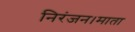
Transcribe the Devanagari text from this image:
निरंजन।माता